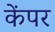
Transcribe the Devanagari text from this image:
केंपर